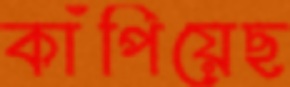
কাঁপিয়েছ